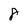
Character: 8